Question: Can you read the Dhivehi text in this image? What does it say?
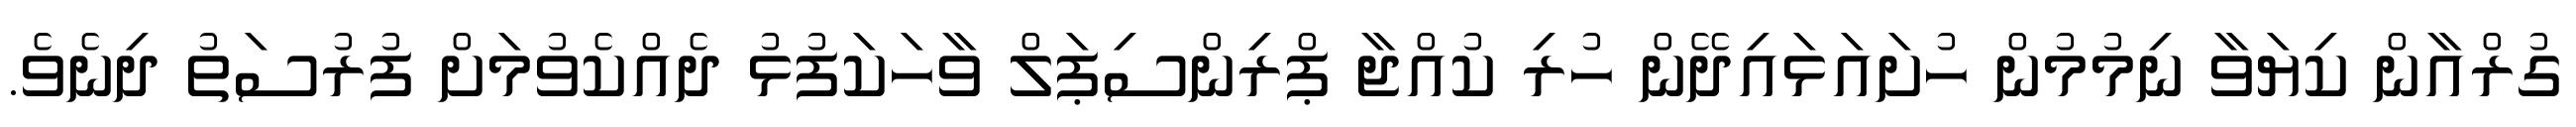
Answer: ގުރްއާން ކިޔަވާ ނިމުމުން ހުށައަޅައިދޭން ހުރި ކުއްޖާ ޕްރިންސިޕަލް ވާހަކަފުޅު ދެއްކެވުމަށް ފުރުސަތު ދިނެވެ.